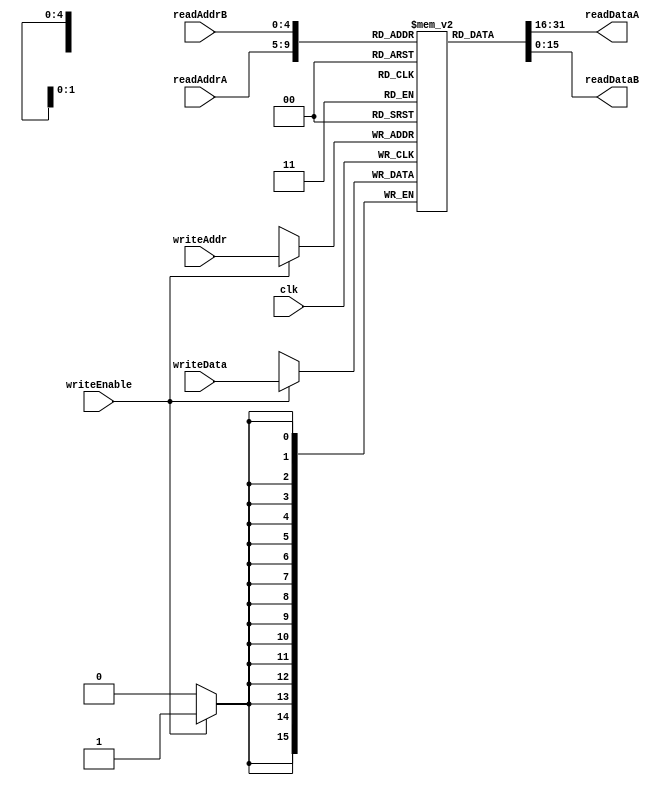
`timescale 1ns / 1ps
//////////////////////////////////////////////////////////////////////////////////
// Company: 
// Engineer: 
// 
// Design Name: 
// Module Name:    regFile 
// Project Name: 
// Target Devices: 
// Tool versions: 
// Description: 
//
// Dependencies: 
// Additional Comments: 
//
//////////////////////////////////////////////////////////////////////////////////
module regFile(
	input clk, writeEnable,
	input [4:0] writeAddr,readAddrA, readAddrB,
	input [15:0] writeData,
	output [15:0] readDataA, readDataB
	);

	reg [15:0] rFile [0:31];
	initial begin
		rFile[0]=16'b0;  rFile[1]=16'b0;  rFile[2]=16'b0;  rFile[3]=16'b0;  rFile[4]=16'b0;
		rFile[5]=16'b0;  rFile[6]=16'b0;  rFile[7]=16'b0;  rFile[8]=16'b0;  rFile[9]=16'b0;
		rFile[10]=16'b0; rFile[11]=16'b0; rFile[12]=16'b0; rFile[13]=16'b0; rFile[14]=16'b0;
		rFile[15]=16'b0; rFile[16]=16'b0; rFile[17]=16'b0; rFile[18]=16'b0; rFile[19]=16'b0;
		rFile[20]=16'b0; rFile[21]=16'b0; rFile[22]=16'b0; rFile[23]=16'b0; rFile[24]=16'b0;
		rFile[25]=16'b0; rFile[26]=16'b0; rFile[27]=16'b0; rFile[28]=16'b0; rFile[29]=16'b0;
		rFile[30]=16'b0; rFile[31]=16'b0;
	end

	assign readDataA = rFile[readAddrA];
	assign readDataB = rFile[readAddrB];


	always @(posedge clk) begin
		if (writeEnable) begin 
		rFile[writeAddr] <= writeData;
		end
	end
endmodule